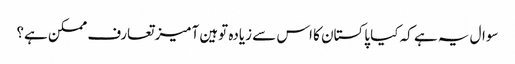
سوال یہ ہے کہ کیا پاکستان کا اس سے زیادہ توہین آمیز تعارف ممکن ہے؟